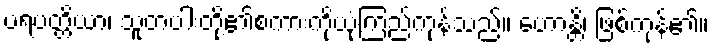
ပရပတ္တိယာ၊ သူတပါးတို့၏စကားကိုယုံကြည်ကုန်သည်။ ဟောန္တိ၊ ဖြစ်ကုန်၏။